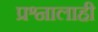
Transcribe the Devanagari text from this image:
प्रश्नालाही